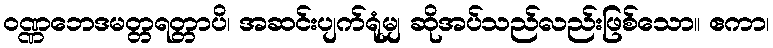
ဝဏ္ဏဘေဒမတ္တရတ္တာပိ၊ အဆင်းပျက်ရုံမျှ ဆိုအပ်သည်လည်းဖြစ်သော။ ဧကာ၊